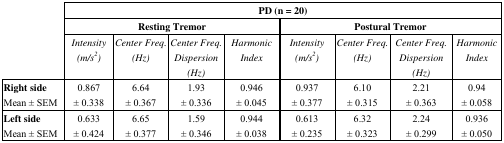
| <ROWSPAN=3>  | <COLSPAN=8> PD (n = 20) |
 | <COLSPAN=4> Resting Tremor | <COLSPAN=4> Postural Tremor |
 | Intensity (m/s2) | Center Freq. (Hz) | Center Freq. Dispersion (Hz) | Harmonic Index | Intensity (m/s2) | Center Freq. (Hz) | Center Freq. Dispersion (Hz) | Harmonic Index |
 | --- | --- | --- | --- | --- | --- | --- | --- | --- |
 | Right sideMean ± SEM | 0.867 ± 0.338 | 6.64 ± 0.367 | 1.93 ± 0.336 | 0.946 ± 0.045 | 0.937 ± 0.377 | 6.10 ± 0.315 | 2.21 ± 0.363 | 0.94 ± 0.058 |
 | Left sideMean ± SEM | 0.633 ± 0.424 | 6.65 ± 0.377 | 1.59 ± 0.346 | 0.944 ± 0.038 | 0.613 ± 0.235 | 6.32 ± 0.323 | 2.24 ± 0.299 | 0.936 ± 0.050 |